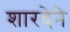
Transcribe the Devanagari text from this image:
शारदेने